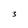
Character: 3